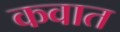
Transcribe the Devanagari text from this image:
कवात